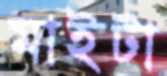
মাইটা